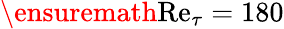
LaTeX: \ensuremath{\mathrm{Re}}_{\tau}=180